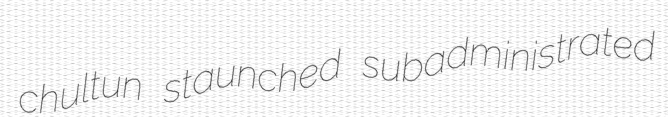
chultun staunched subadministrated